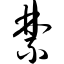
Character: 禁